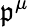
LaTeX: \mathfrak{p}^{\mu}